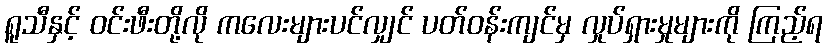
ရူသီနှင့် ဝင်းဖီးတို့လို ကလေးများပင်လျှင် ပတ်ဝန်းကျင်မှ လှုပ်ရှားမှုများကို ကြည့်ရ